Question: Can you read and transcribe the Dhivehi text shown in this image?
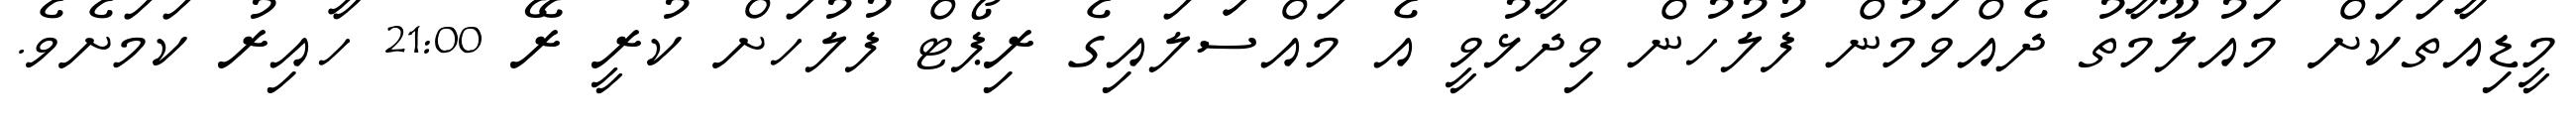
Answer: މީޑިއާތަކަށް މައުލޫމާތު ދެއްވަމުން ފުލުހުން ވިދާޅުވީ އެ މައްސަަލައިގެ ރިޕޯޓް ފުލުހަށް ކުރީ ރޭ 21:00 ހާއިރު ކަމަށެވެ.